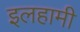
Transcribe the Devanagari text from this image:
इलहामी